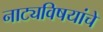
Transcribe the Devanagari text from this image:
नाट्यविषयांचे